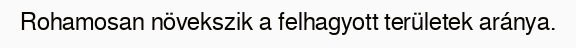
Rohamosan növekszik a felhagyott területek aránya.